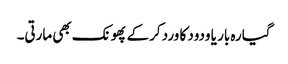
گیارہ بار یا ودود کا ورد کرکے پھونک بھی مارتی۔